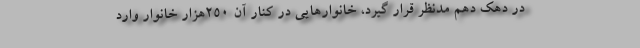
در دهک دهم مدنظر قرار گیرد، خانوارهایی در کنار آن ۲۵۰هزار خانوار وارد